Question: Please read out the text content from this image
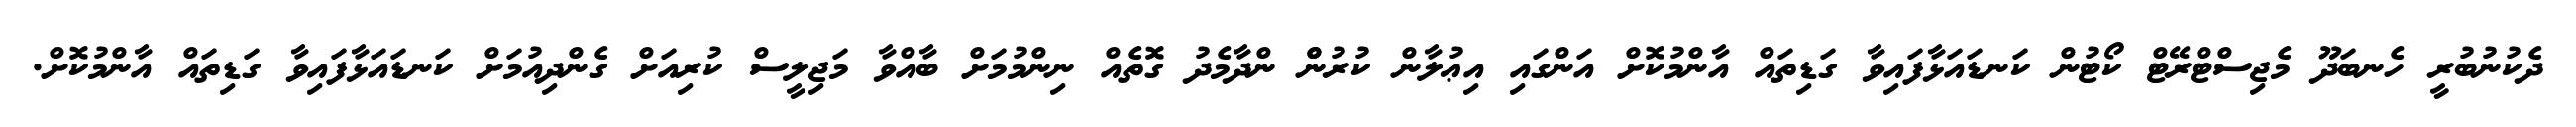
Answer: ދެކުނުބުރީ ހެނބަދޫ މެޖިސްޓްރޭޓް ކޯޓުން ކަނޑައަޅާފައިވާ ގަޑިތައް އާންމުކޮށް އަންގައި އިޢުލާން ކުރުންް ންދާމެދު ގޮތެއް ނިންމުމަށް ބާއްވާ މަޖިލީސް ކުރިއަށް ގެންދިއުމަށް ކަނޑައަޅާފައިވާ ގަޑިތައް އާންމުކޮށް.